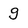
Character: g